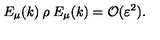
E _ { \mu } ( k ) \: \rho \: E _ { \mu } ( k ) = { \cal { O } } ( \varepsilon ^ { 2 } ) .